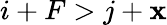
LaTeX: i+F>j+\mathbf{x}